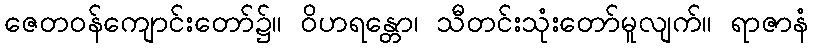
ဇေတဝန်ကျောင်းတော်၌။ ဝိဟရန္တော၊ သီတင်းသုံးတော်မူလျက်။ ရာဇာနံ